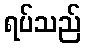
ရပ်သည်